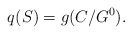
LaTeX: \begin{align*}q(S)=g(C/G^0).\end{align*}